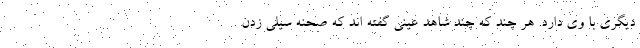
دیگری با وی دارد. هر چند که چند شاهد عینی گفته اند که صحنه سیلی زدن